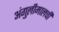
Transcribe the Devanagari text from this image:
अंगुलीमालची